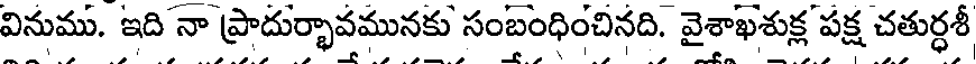
వినుము. ఇది నా ప్రాదుర్భావమునకు సంబంధించినది. వైశాఖశుక్ల పక్ష చతుర్ధశీ